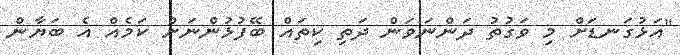
"އަޅުގަނޑަށް މި ވަގުތު ދަންނަވަން ދަތި ކިތައް ބޭފުޅުންނަށް ކަމެއް އެ ބަޔާން